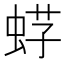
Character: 𧋫